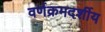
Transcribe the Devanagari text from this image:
वर्णक्रमदर्शीय